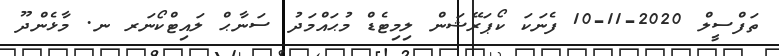
ތަފްސީލް 2020-11-10 ފެނަކަ ކޯޕަރޭޝަން ލިމިޓެޑް މުޙައްމަދު ސަނާޙް ލައިޓްކޯނަރ ނ. މާޅެންދޫ